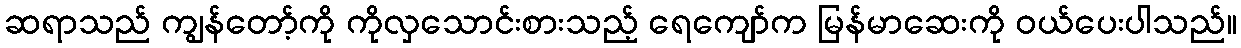
ဆရာသည် ကျွန်တော့်ကို ကိုလှသောင်းစားသည့် ရေကျော်က မြန်မာဆေးကို ဝယ်ပေးပါသည်။